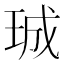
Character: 珹